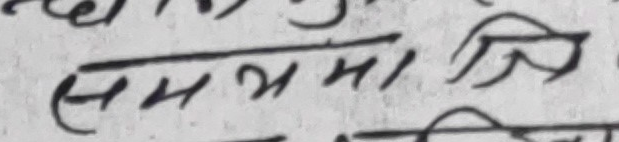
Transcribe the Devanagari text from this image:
समयमा त्रि